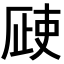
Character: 𣦆